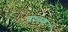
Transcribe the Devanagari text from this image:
वश्तग